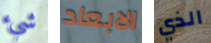
شيء الابعاد الذي